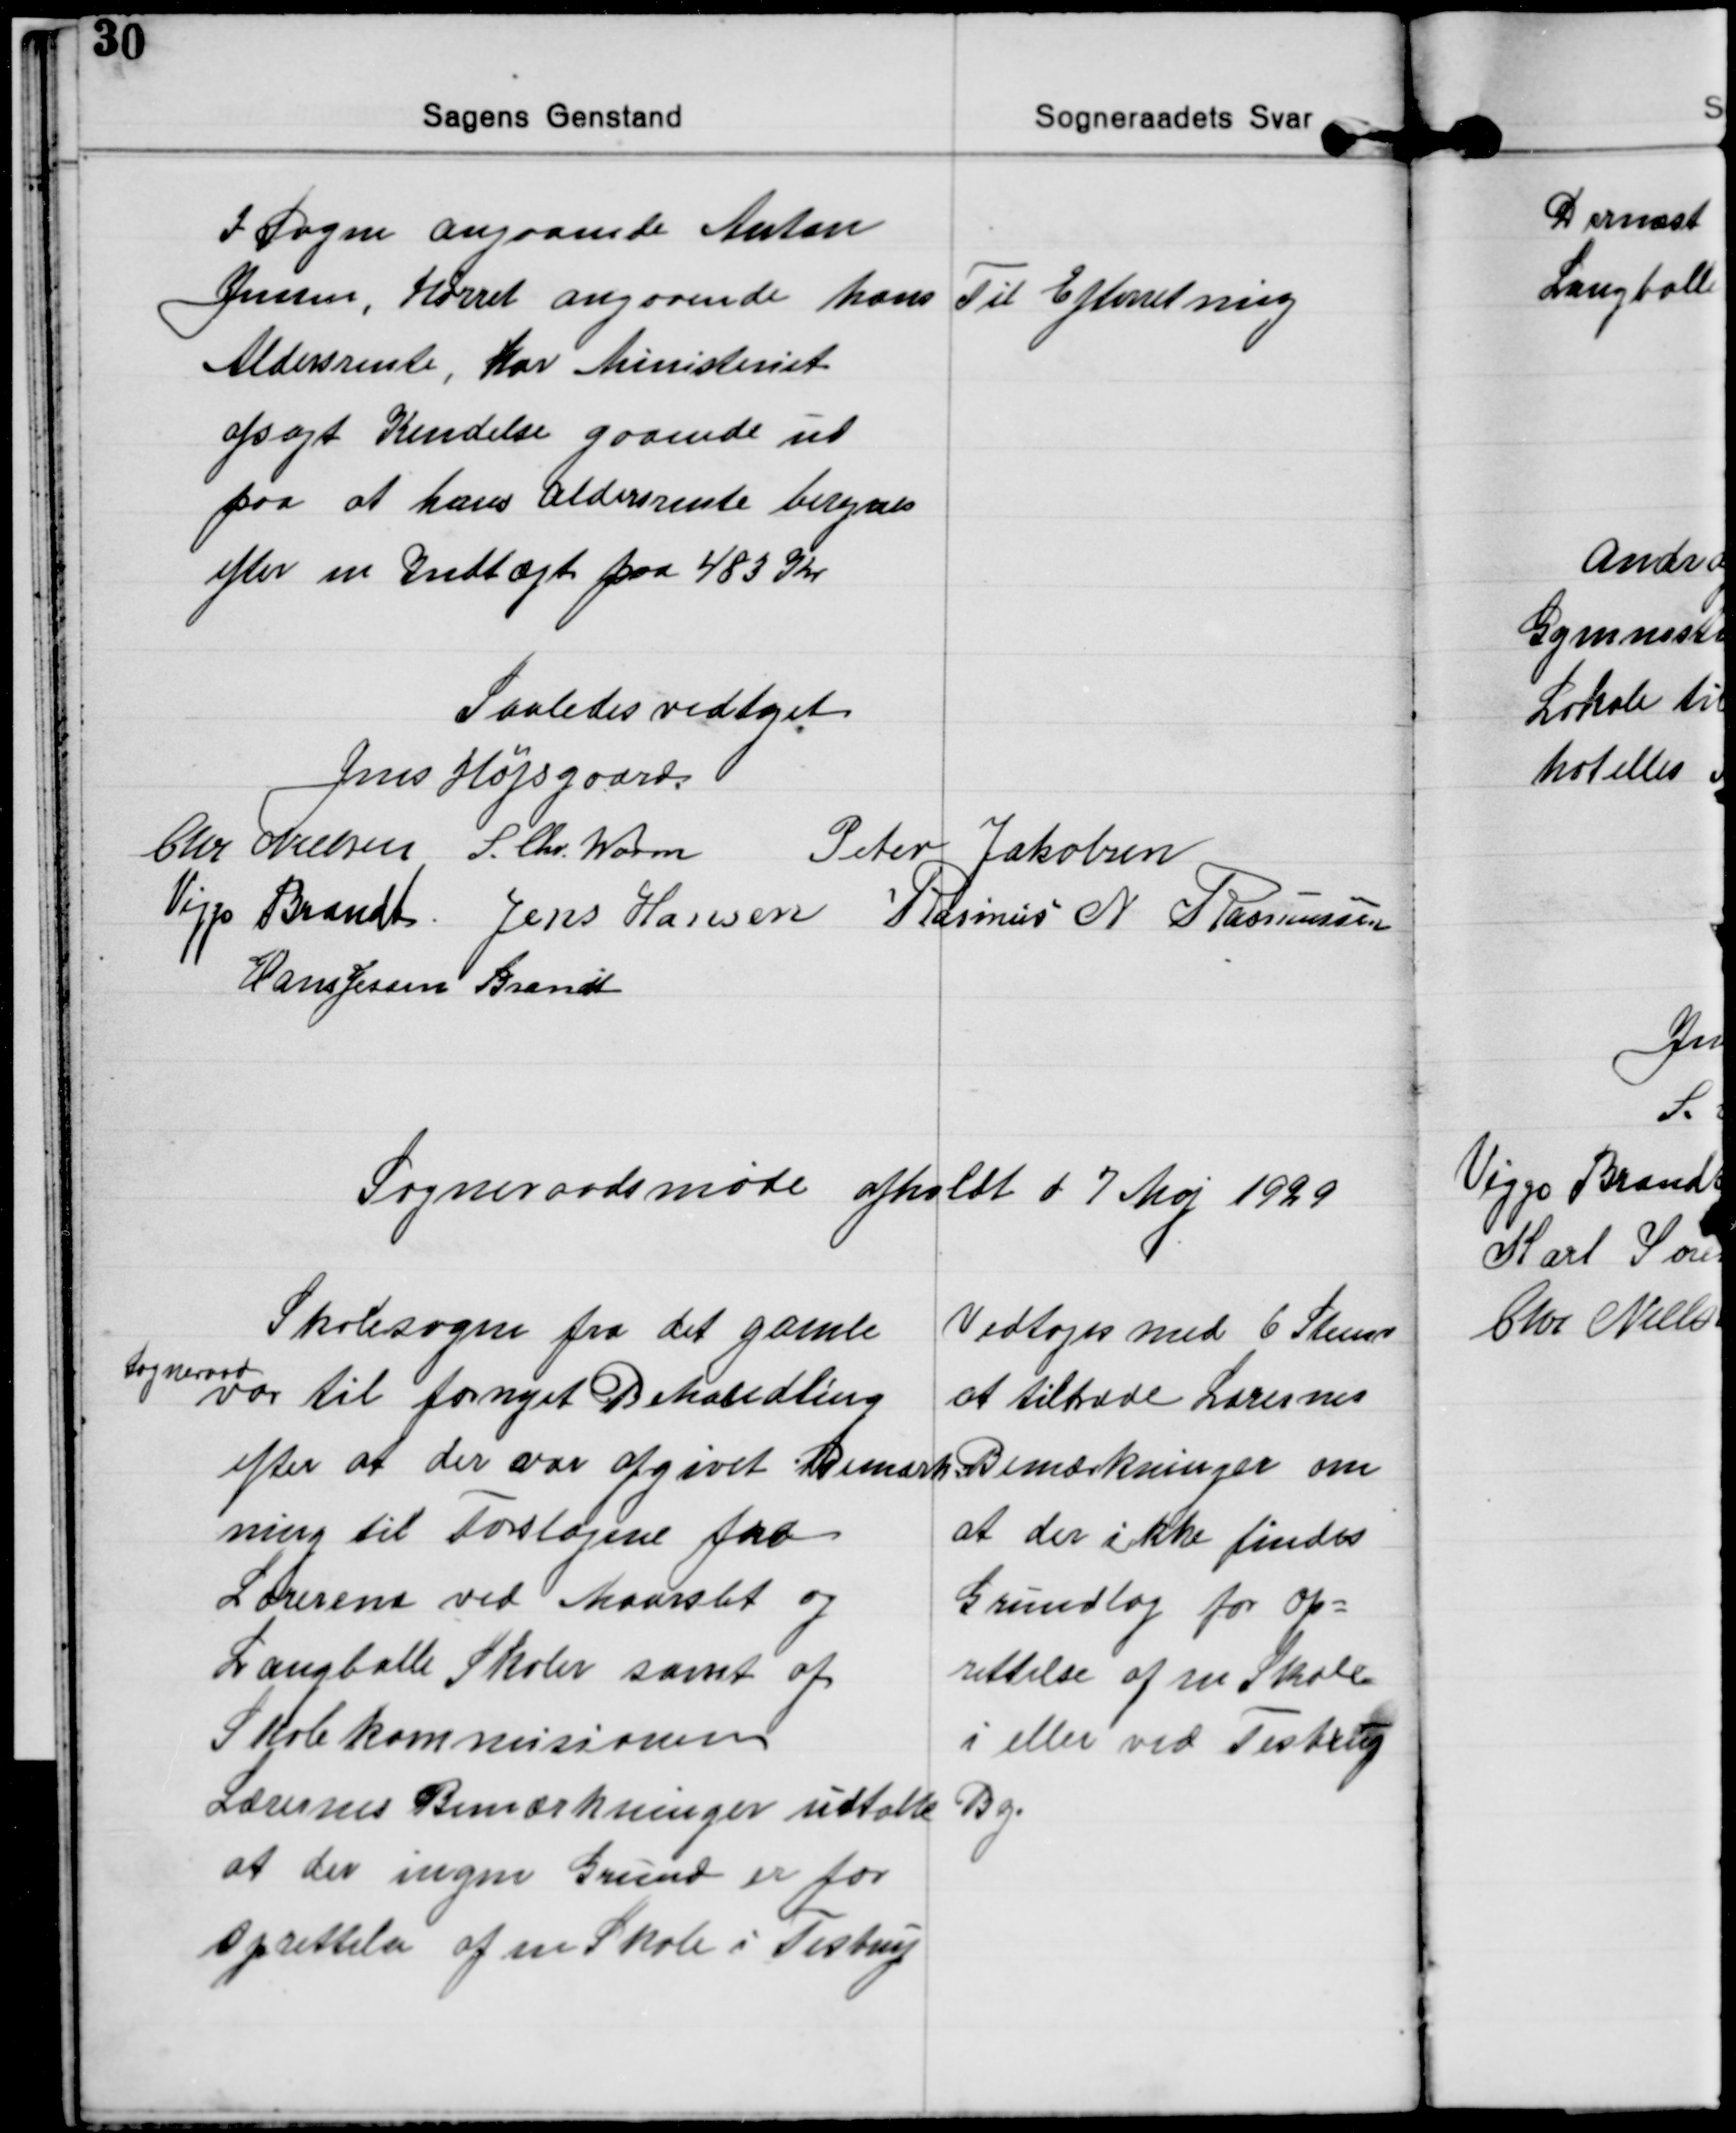
Transskription:
I Sagen angaaende Anton
Jensen, Hørret angaaende hans
Aldersrente, har Ministeriet
afsagt Kendelse gaaende ud
paa at hans aldersrente beregnes
efter en Indtægt paa 483 Kr
Til Efterretning

Saaledes vedtaget
Jens Højsgaard.
Chr Nielsen S. Chr. Worm Peter Jakobsen
Viggo Brandt Jens Hansen Rasmus N. Rasmusssen
Hans Jessen Brandt

Sogneraadsmøde afholdt d 7 Maj 1929

Skolesagen fra det gamle
Sogneraad
var til fornyet Behandling
efter at der var afgivet Bemærk
ning til Forslagene fra
Lærerne ved Maarslet og
Langballe Skoler samt af
Skolekommisionen
Lærernes Bemærkninger udtalte
at der ingen Grund er for
Oprettelse af en Skole i Testrup
Vedtoges med 6 Stemr
at tiltræde Lærernes
Bemærkninger om
at der ikke findes
Grundlag for Op=
rettelse af en Skole
i eller ved Testrup
By.